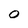
Character: O